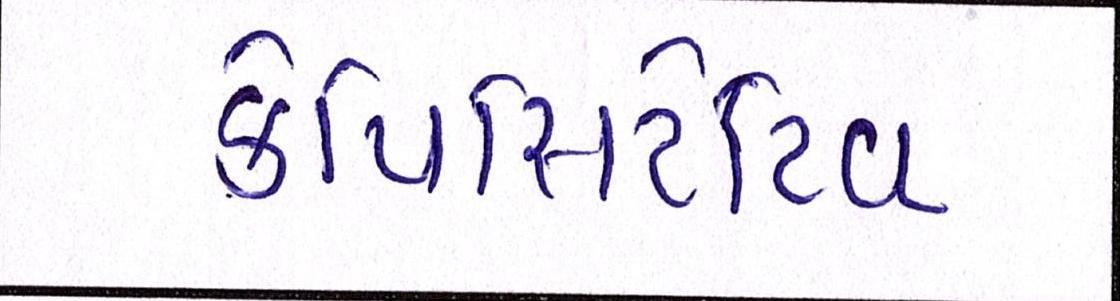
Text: કેપિસિટેટિવ